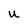
Character: U